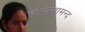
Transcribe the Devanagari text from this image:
हौसलामन्द